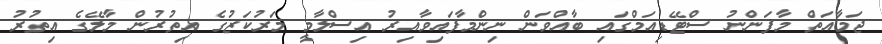
ޖަމާއަތް މާފަންނު ސްޓޭޑިއަމްގައި ބާއްވަން ނިންމާފައިވާއިރު އިސްލާމީ މަރުކަޒުގެ އިތުރުން މާލޭގެ އިތުރު